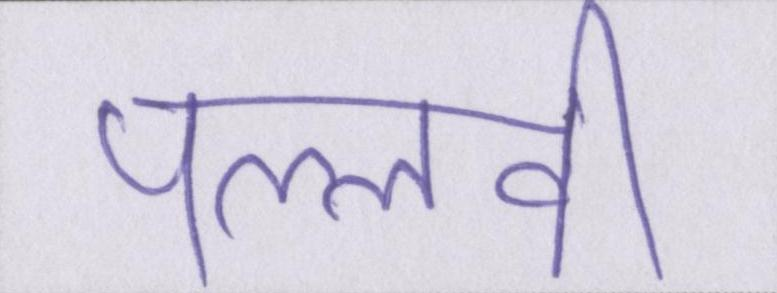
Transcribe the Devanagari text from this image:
पल्लवी